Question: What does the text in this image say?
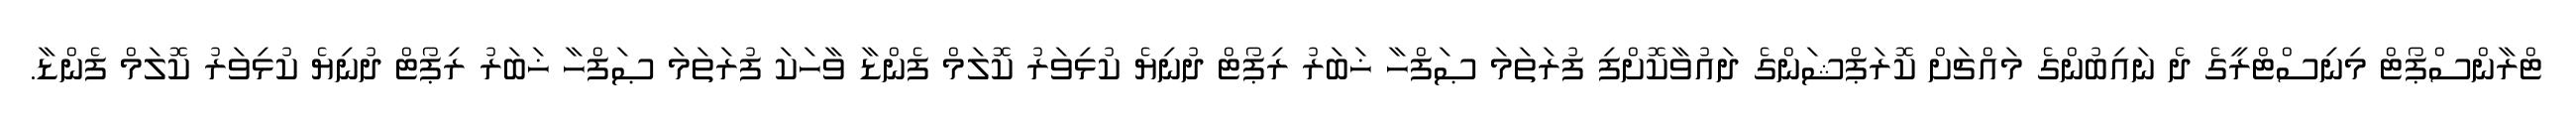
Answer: ޓްރާންސްޕޯޓް މިނިސްޓްރީގެ ދެ ނައިބުންގެ މައްޗަށް ކޮރަޕްޝަންގެ ދައުވާކޮށްފި ފުރަތަމަ ޞަފްހާ ޚަބަރު ރިޕޯޓް ދުނިޔެ ކުޅިވަރު ކޮލަމް ފެންޑާ ވާހަކަ ފުރަތަމަ ޞަފްހާ ޚަބަރު ރިޕޯޓް ދުނިޔެ ކުޅިވަރު ކޮލަމް ފެންޑާ.